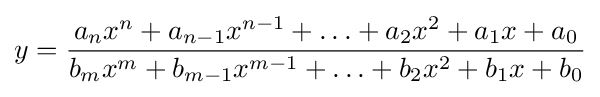
y={\frac {a_{n}x^{n}+a_{n-1}x^{n-1}+\ldots +a_{2}x^{2}+a_{1}x+a_{0}}{b_{m}x^{m}+b_{m-1}x^{m-1}+\ldots +b_{2}x^{2}+b_{1}x+b_{0}}}